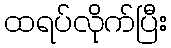
ထရပ်လိုက်ပြီး